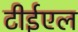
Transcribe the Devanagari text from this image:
टीईएल